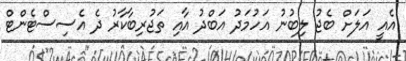
އެއީ އަލަށް ބެޖު ލިބުނު އަހުމަދު އަބްދު އާއި ތަޖުރިބާކާރު ދެ އެސިސްޓެންޓް